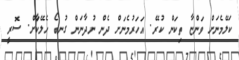
ކަލޭމެނަށް ވަންޏާ ތިކަން ކުރޭ. އަހަރުމެނަށް ދެން ނުދާނަން ގުނބޯ ހެލޭކަާށް. ސޮރީ